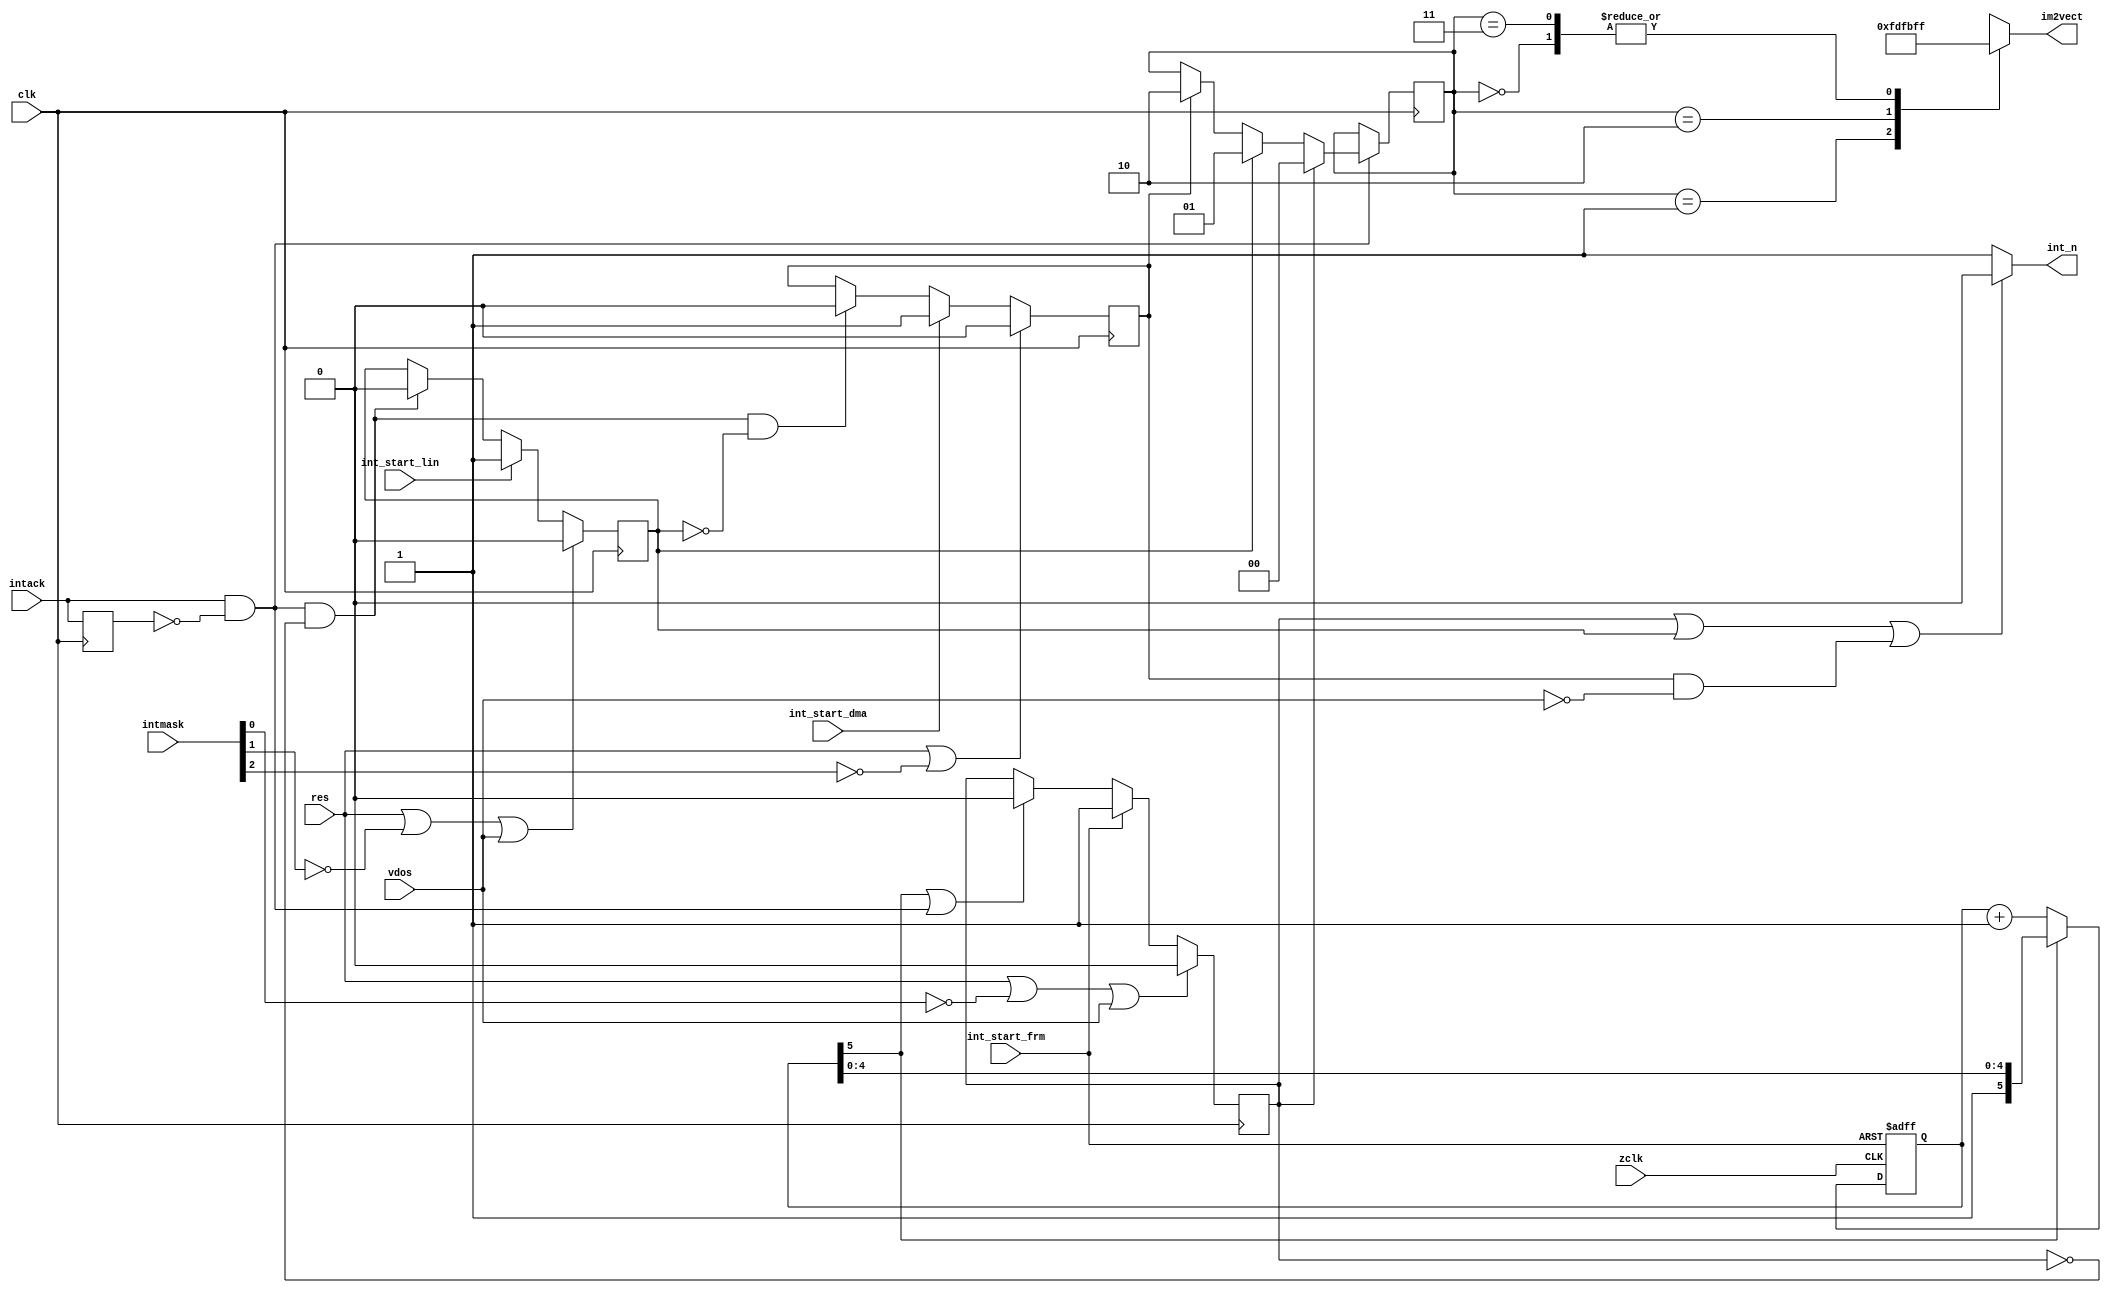
module zint
(
	input  wire clk,
	input  wire zclk,
	input  wire res,
	input  wire int_start_frm,
	input  wire int_start_lin,
	input  wire int_start_dma,
	input  wire vdos,
	input  wire intack,
	
	//input wire [2:0] im2v_frm,
	//input wire [2:0] im2v_lin,
	//input wire [2:0] im2v_dma,
	input wire 	[7:0] intmask,
	output wire [7:0] im2vect,
	
	output wire int_n
);

	// In VDOS INTs are focibly disabled.
	// For Frame, Line INT its generation is blocked, it will be lost.
	// For DMA INT only its output is blocked, so DMA ISR will will be processed as soon as returned from VDOS.
	
	// IM2 Vector priority ============ OLD 
	//assign im2vect = {vect[int_sel], 1'b1};
	//wire [6:0] vect [0:3];
	//assign vect[INTFRM] = {4'b1111, im2v_frm};
	//assign vect[INTLIN] = {4'b1110, im2v_lin};
	//assign vect[INTDMA] = {4'b1101, im2v_dma};
	//assign vect[INTDUM] = {4'b1101, im2v_dma};
	
	//================================== NEW
	assign im2vect = {vect[int_sel]};

	wire [7:0] vect [0:3];
	assign vect[INTFRM] = 8'hFF;
	assign vect[INTLIN] = 8'hFD;
	assign vect[INTDMA] = 8'hFB;
	assign vect[INTDUM] = 8'hFF;

	assign int_n = int_all ? 1'b0 : 1'b1;
	wire int_all = int_frm || int_lin || (int_dma && !vdos);
		
	//===========================================================
	wire dis_int_frm = !intmask[0];
	wire dis_int_lin = !intmask[1];
	wire dis_int_dma = !intmask[2];
	
	// ~INT source latch
	wire intack_s = intack && !intack_r;
	
	reg intack_r;
	always @(posedge clk)
		intack_r <= intack;
	
	localparam INTFRM = 2'b00;
	localparam INTLIN = 2'b01;
	localparam INTDMA = 2'b10;
	localparam INTDUM = 2'b11;
		
	reg [1:0] int_sel;
	always @(posedge clk)
		if (intack_s)
		begin
			if (int_frm)
				int_sel <= INTFRM;		// priority 0
			else if (int_lin)
				int_sel <= INTLIN;		// priority 1
			else if (int_dma)
				int_sel <= INTDMA;		// priority 2
		end

// ~INT generating
	reg int_frm;
	always @(posedge clk)
		if (res || dis_int_frm || vdos)
			int_frm <= 1'b0;
		else if (int_start_frm)
			int_frm <= 1'b1;
		else if (intctr_fin || intack_s)	// priority 0
//		else if (intctr_fin)
			int_frm <= 1'b0;

	reg int_lin;
	always @(posedge clk)
		if (res || dis_int_lin || vdos)
			int_lin <= 1'b0;
		else if (int_start_lin)
			int_lin <= 1'b1;
		else if (intack_s && !int_frm)		// priority 1
			int_lin <= 1'b0;

	reg int_dma;
	always @(posedge clk)
		if (res || dis_int_dma)
			int_dma <= 1'b0;
		else if (int_start_dma)
			int_dma <= 1'b1;
		else if (intack_s && !int_frm && !int_lin)		// priority 2
			int_dma <= 1'b0;


// INT counter
//	reg [4:0] intctr;
//	wire intctr_fin = &intctr;    // 32 clks
// ~INT counter
	reg [5:0] intctr;
	wire intctr_fin = intctr[5];   // 32 clks

	
//	always @(posedge zclk, posedge int_start_lin)
	always @(posedge zclk, posedge int_start_frm)
	begin
//		if (int_start_lin)
		if (int_start_frm)
			intctr <= 6'b000000;
		else if (!intctr_fin)
			intctr <= intctr + 6'b000001;
	end
			
endmodule